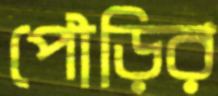
পৌড়ির